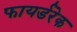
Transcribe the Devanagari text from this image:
फायर्डरेक